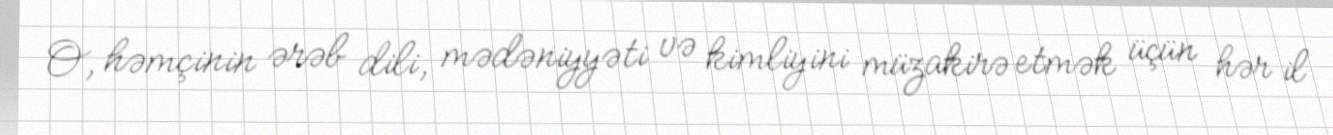
O, həmçinin ərəb dili, mədəniyyəti və kimliyini müzakirə etmək üçün hər il